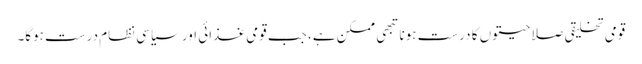
قومی تخلیقی صلاحیتوں کا درست ہونا تبھی ممکن ہے، جب قومی غذائی اور سیاسی نظام درست ہوگا۔